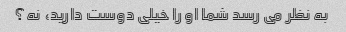
به نظر می رسد شما او را خیلی دوست دارید، نه؟